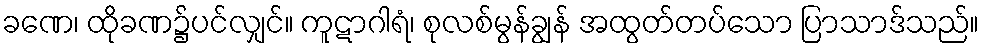
ခဏေ၊ ထိုခဏ၌ပင်လျှင်။ ကူဋာဂါရံ၊ စုလစ်မွန်ချွန် အထွတ်တပ်သော ပြာသာဒ်သည်။